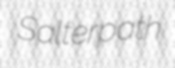
Salterpath